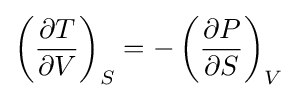
\left({\frac {\partial T}{\partial V}}\right)_{S}=-\left({\frac {\partial P}{\partial S}}\right)_{V}